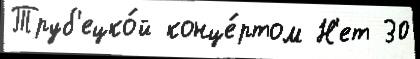
Труб'ецко́й конце́ртом Н'ет 30